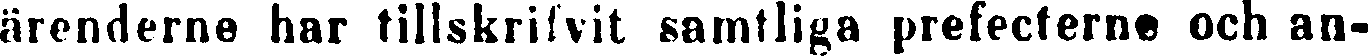
ärenderne har tillskrifvit samtliga prefecterne och an-